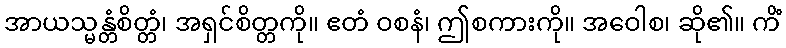
အာယသ္မန္တံစိတ္တံ၊ အရှင်စိတ္တကို။ ဧတံ ဝစနံ၊ ဤစကားကို။ အဝေါစ၊ ဆို၏။ ကိံ